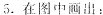
5.在图中画出：